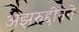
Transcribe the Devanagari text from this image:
अझरुद्दीनने